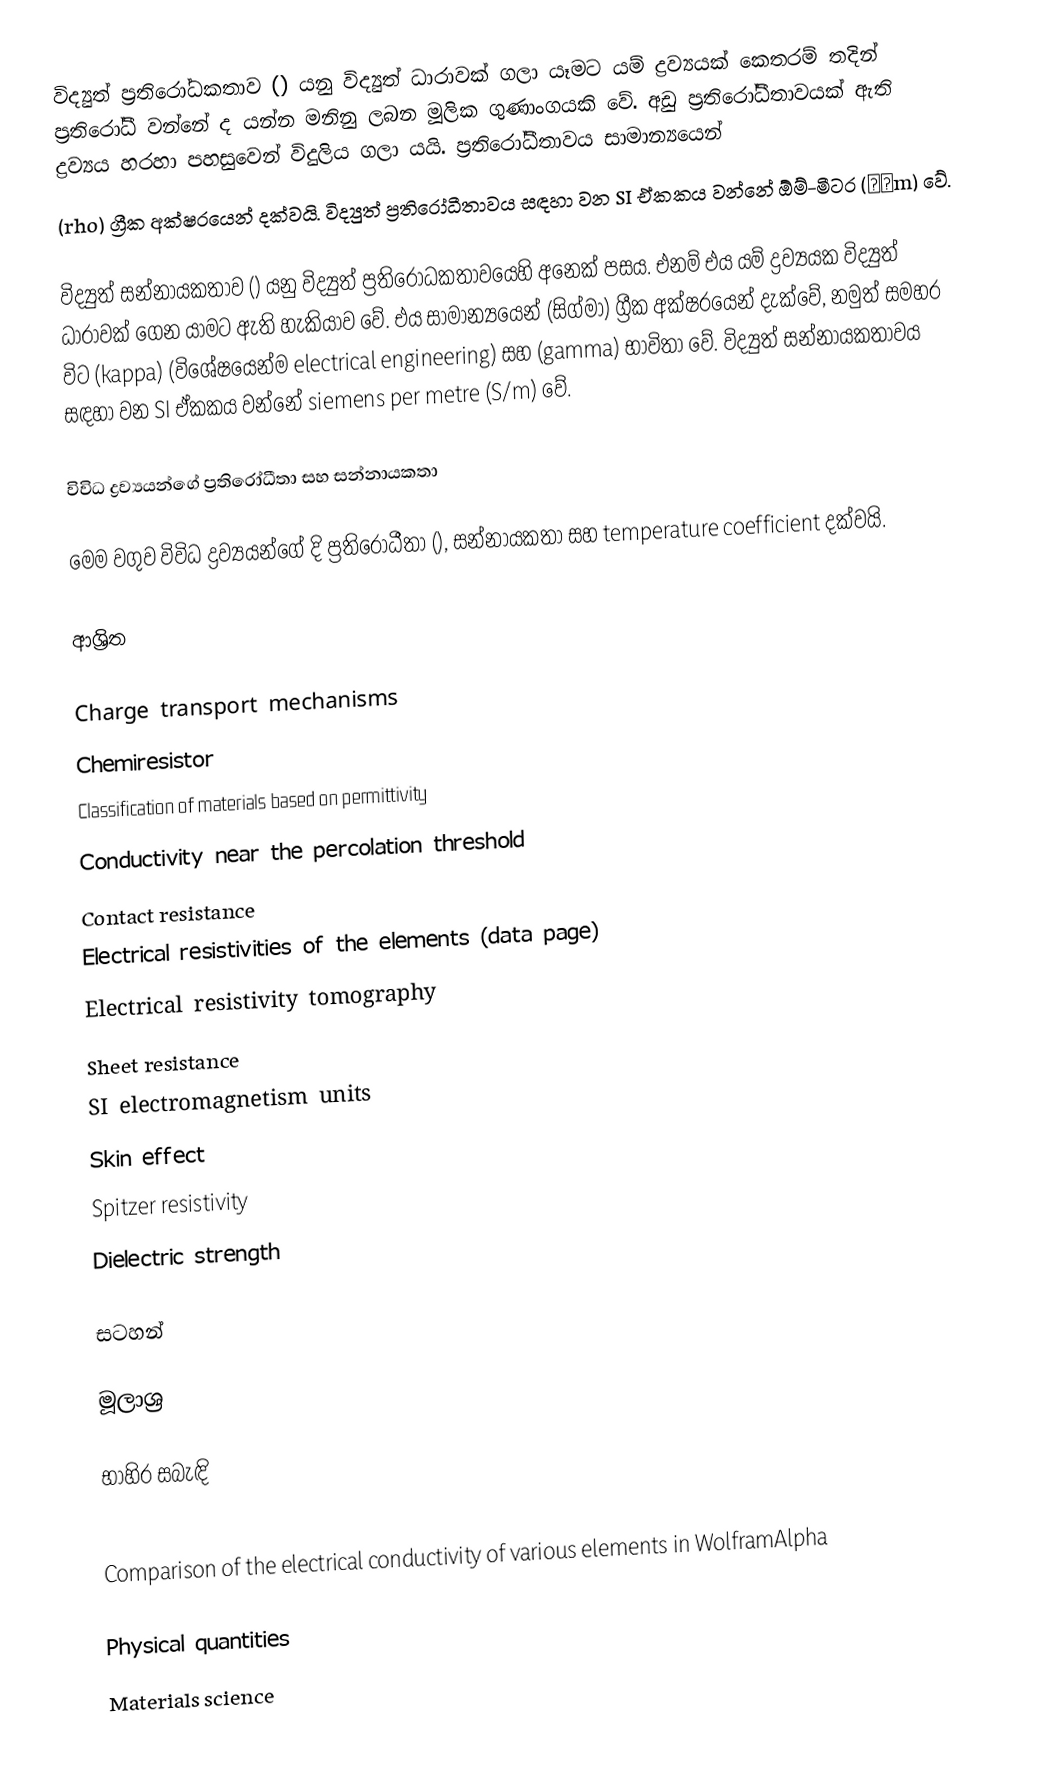
විද්‍යුත් ප්‍රතිරෝධකතාව () යනු විද්‍යුත් ධාරාවක් ගලා යෑමට යම් ද්‍රව්‍යයක් කෙතරම් තදින් ප්‍රතිරෝධී වන්නේ ද යන්න මනිනු ලබන මූලික ගුණාංගයකි වේ. අඩු ප්‍රතිරෝධීතාවයක් ඇති ද්‍රව්‍යය හරහා පහසුවෙන් විදුලිය ගලා යයි. ප්‍රතිරෝධීතාවය සාමාන්‍යයෙන්
 (rho) ග්‍රීක අක්ෂරයෙන් දක්වයි. විද්‍යුත් ප්‍රතිරෝධීතාවය සඳහා වන SI ඒකකය වන්නේ ඕම්-මීටර (Ω⋅m) වේ.

විද්‍යුත් සන්නායකතාව () යනු විද්‍යුත් ප්‍රතිරෝධකතාවයෙහි අනෙක් පසය.  එනම් එය යම් ද්‍රව්‍යයක විද්‍යුත් ධාරාවක් ගෙන යාමට ඇති හැකියාව වේ. එය සාමාන්‍යයෙන්  (සිග්මා) ග්‍රීක අක්ෂරයෙන් දැක්වේ, නමුත් සමහර විට  (kappa) (විශේෂයෙන්ම electrical engineering) සහ  (gamma) භාවිතා වේ. විද්‍යුත් සන්නායකතාවය සඳහා වන SI ඒකකය වන්නේ siemens per metre (S/m) වේ.

විවිධ ද්‍රව්‍යයන්ගේ ප්‍රතිරෝධීතා සහ සන්නායකතා

මෙම වගුව විවිධ ද්‍රව්‍යයන්ගේ  දි ප්‍රතිරෝධීතා (), සන්නායකතා සහ temperature coefficient දක්වයි.

ආශ්‍රිත

 Charge transport mechanisms
 Chemiresistor
 Classification of materials based on permittivity
 Conductivity near the percolation threshold
 Contact resistance
 Electrical resistivities of the elements (data page)
 Electrical resistivity tomography
 Sheet resistance
 SI electromagnetism units
 Skin effect
 Spitzer resistivity
 Dielectric strength

සටහන්

මූලාශ්‍ර

භාහිර සබැඳි

Comparison of the electrical conductivity of various elements in WolframAlpha

Physical quantities
Materials science